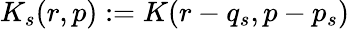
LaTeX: K_{s}(r,p):=K(r-q_{s},p-p_{s})